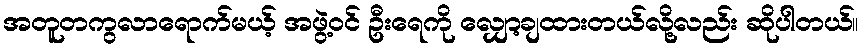
အတူတကွလာရောက်မယ့် အဖွဲ့ဝင် ဦးရေကို လျှော့ချထားတယ်လို့လည်း ဆိုပါတယ်။